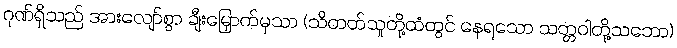
ဂုဏ်ရှိသည် အားလျော်စွာ ချီးမြှောက်မှသာ (သိတတ်သူတို့ထံတွင် နေရသော သတ္တဝါတို့သဘော)